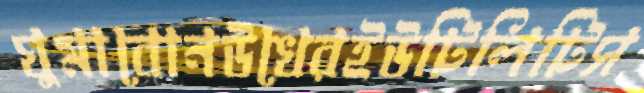
ঘুমাবোনউখেরইউটিলিটিস